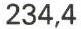
234,4